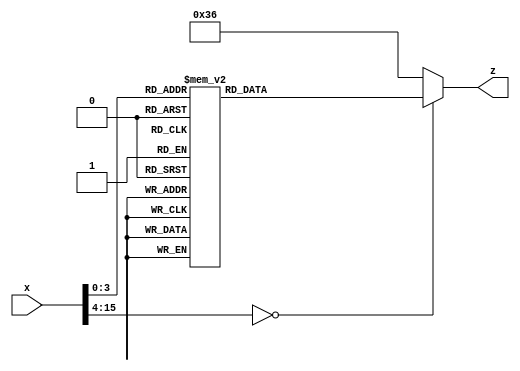
// Module to take a single (4-bit) hex value and 
// display it on a 7-segment display as a number
module hexTo7Seg(
		input [15:0]x,
		output reg [6:0]z
		);

  // always @* guarantees that the circuit that is 
  // synthesized is combinational 
  // (no clocks, registers, or latches)
  always @*
    // Note that the 7-segment displays on the DE1-SoC board are
    // "active low" - a 0 turns on the segment, and 1 turns it off
    case(x)
      16'd0 : z = ~7'b0111111; // 0
      16'd1 : z = ~7'b0000110; // 1
      16'd2 : z = ~7'b1011011; // 2
      16'd3 : z = ~7'b1001111; // 3
      16'd4 : z = ~7'b1100110; // 4
      16'd5 : z = ~7'b1101101; // 5
      16'd6 : z = ~7'b1111101; // 6
      16'd7 : z = ~7'b0000111; // 7
      16'd8 : z = ~7'b1111111; // 8
      16'd9 : z = ~7'b1100111; // 9 
      16'd10 : z = ~7'b1110111; // A
      16'd11 : z = ~7'b1111100; // b
      16'd12 : z = ~7'b1011000; // c
      16'd13 : z = ~7'b1011110; // d
      16'd14 : z = ~7'b1111001; // E
      16'd15 : z = ~7'b1110001; // F
      default : z = ~7'b1001001; // Always good to have a default! 
    endcase
endmodule